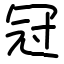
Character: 冠